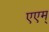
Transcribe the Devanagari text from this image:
एएम्